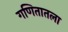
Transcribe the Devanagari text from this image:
गणितातला